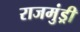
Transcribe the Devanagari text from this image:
राजमुंड्री